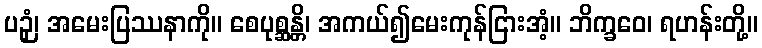
ပဉှံ၊ အမေးပြဿနာကို။ စေပုစ္ဆန္တိ၊ အကယ်၍မေးကုန်ငြားအံ့။ ဘိက္ခဝေ၊ ရဟန်းတို့။